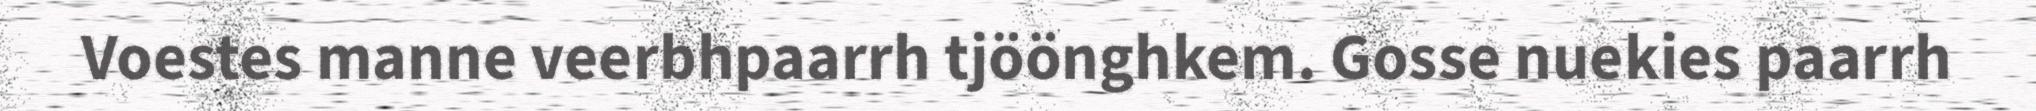
Voestes manne veerbhpaarrh tjöönghkem. Gosse nuekies paarrh